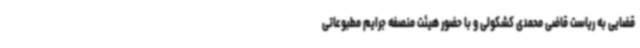
قضایی به ریاست قاضی محمدی کشکولی و با حضور هیئت منصفه جرایم مطبوعاتی